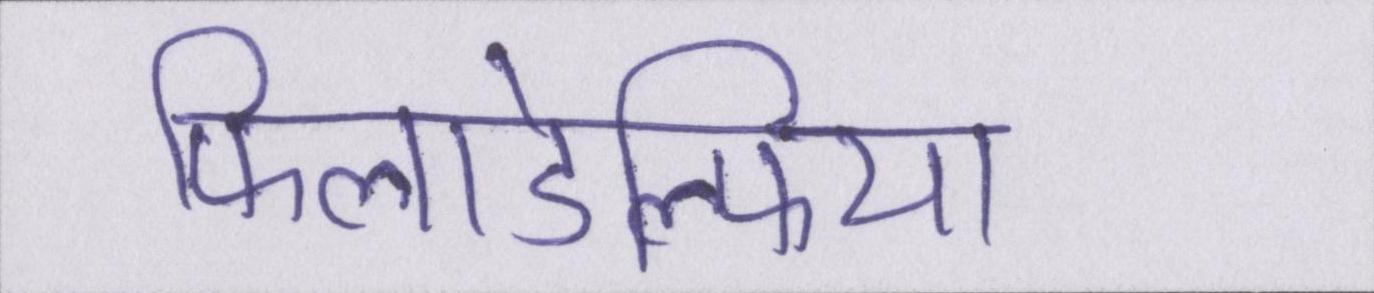
फिलाडेल्फिया